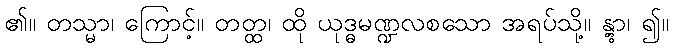
၏။ တသ္မာ၊ ကြောင့်။ တတ္ထ၊ ထို ယုဒ္ဓမဏ္ဍလစသော အရပ်သို့။ န္တွာ၊ ၍။